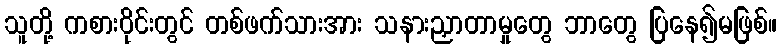
သူတို့ ကစားဝိုင်းတွင် တစ်ဖက်သားအား သနားညှာတာမှုတွေ ဘာတွေ ပြနေ၍မဖြစ်။